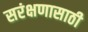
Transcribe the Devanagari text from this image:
सरंक्षणासाठी